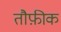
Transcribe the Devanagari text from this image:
तौफ़ीक